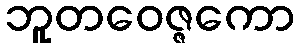
ဘူတဝေဇ္ဇကော